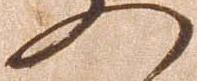
の